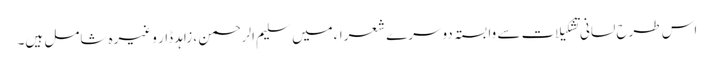
اس طرح لسانی تشکیلات سے وابستہ دوسرے شعراءمیں سلیم الرحمن ، زاہد ڈار وغیرہ شامل ہیں۔